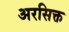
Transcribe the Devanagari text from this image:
अरसिक्त